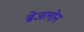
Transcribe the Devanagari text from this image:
ब्रेजलोन